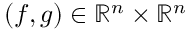
( f , g ) \in \mathbb { R } ^ { n } \times \mathbb { R } ^ { n }